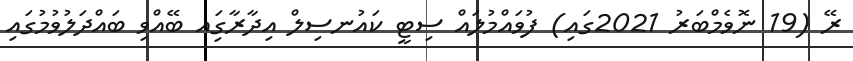
ރޭ (19 ނޮވެމްބަރު 2021ގައި) ފުވައްމުލައް ސިޓީ ކައުނސިލް އިދާރާގަިއ ބޭއްވި ބައްދަލުވުމުގައި